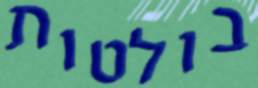
בולטות